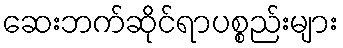
ဆေးဘက်ဆိုင်ရာပစ္စည်းများ